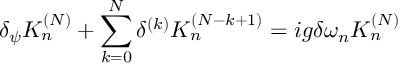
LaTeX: \delta _ { \psi } K _ { n } ^ { ( N ) } + \sum _ { k = 0 } ^ { N } \delta ^ { ( k ) } K _ { n } ^ { ( N - k + 1 ) } = i g \delta \omega _ { n } K _ { n } ^ { ( N ) }